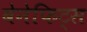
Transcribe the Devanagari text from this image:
बेनेफिट्स